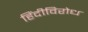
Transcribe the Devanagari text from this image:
हिंदीविरोध